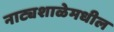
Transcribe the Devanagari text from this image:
नाट्यशाळेमधील